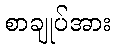
စာချုပ်အား